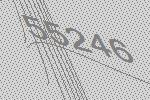
55246